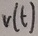
Text: V(t)